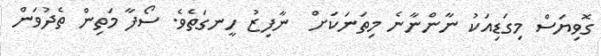
ގޮވިޔަސް މިގަޑިއަކު ނާންނާނެ މިތަނަކަށް  ނާފިޒު ހީނގަތެވެ. ސޯފާ މަތިން ތެދުވަން